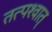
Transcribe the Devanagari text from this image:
तत्‍पश्‍वात्